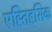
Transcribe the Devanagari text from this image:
एह्तिहसिक